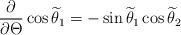
LaTeX: \begin{align*}\frac{\partial}{\partial\Theta}\cos\widetilde\theta_1=-\sin\widetilde\theta_1\cos\widetilde\theta_2\end{align*}